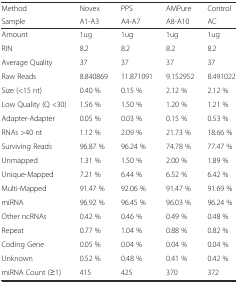
<table><thead><tr><td><b>Method</b></td><td><b>Novex</b></td><td><b>PPS</b></td><td><b>AMPure</b></td><td><b>Control</b></td></tr><tr><td><b>Sample</b></td><td><b>A1-A3</b></td><td><b>A4-A7</b></td><td><b>A8-A10</b></td><td><b>AC</b></td></tr></thead><tbody><tr><td>Amount</td><td>1ug</td><td>1ug</td><td>1ug</td><td>1ug</td></tr><tr><td>RIN</td><td>8.2</td><td>8.2</td><td>8.2</td><td>8.2</td></tr><tr><td>Average Quality</td><td>37</td><td>37</td><td>37</td><td>37</td></tr><tr><td>Raw Reads</td><td>8.840869</td><td>11.871091</td><td>9.152952</td><td>8.491022</td></tr><tr><td>Size (&lt;15 nt)</td><td>0.40 %</td><td>0.15 %</td><td>2.12 %</td><td>2.12 %</td></tr><tr><td>Low Quality (Q &lt;30)</td><td>1.56 %</td><td>1.50 %</td><td>1.20 %</td><td>1.21 %</td></tr><tr><td>Adapter-Adapter</td><td>0.05 %</td><td>0.03 %</td><td>0.15 %</td><td>0.53 %</td></tr><tr><td>RNAs &gt;40 nt</td><td>1.12 %</td><td>2.09 %</td><td>21.73 %</td><td>18.66 %</td></tr><tr><td>Surviving Reads</td><td>96.87 %</td><td>96.24 %</td><td>74.78 %</td><td>77.47 %</td></tr><tr><td>Unmapped</td><td>1.31 %</td><td>1.50 %</td><td>2.00 %</td><td>1.89 %</td></tr><tr><td>Unique-Mapped</td><td>7.21 %</td><td>6.44 %</td><td>6.52 %</td><td>6.42 %</td></tr><tr><td>Multi-Mapped</td><td>91.47 %</td><td>92.06 %</td><td>91.47 %</td><td>91.69 %</td></tr><tr><td>miRNA</td><td>96.92 %</td><td>96.45 %</td><td>96.03 %</td><td>96.24 %</td></tr><tr><td>Other ncRNAs</td><td>0.42 %</td><td>0.46 %</td><td>0.49 %</td><td>0.48 %</td></tr><tr><td>Repeat</td><td>0.77 %</td><td>1.04 %</td><td>0.88 %</td><td>0.82 %</td></tr><tr><td>Coding Gene</td><td>0.05 %</td><td>0.04 %</td><td>0.04 %</td><td>0.04 %</td></tr><tr><td>Unknown</td><td>0.52 %</td><td>0.48 %</td><td>0.41 %</td><td>0.42 %</td></tr><tr><td>miRNA Count (≥1)</td><td>415</td><td>425</td><td>370</td><td>372</td></tr></tbody></table>